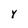
Character: 4